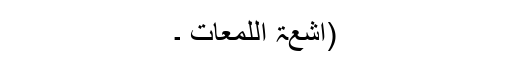
(اشعۃ اللمعات ۔